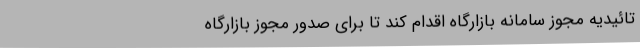
تائیدیه مجوز سامانه بازارگاه اقدام کند تا برای صدور مجوز بازارگاه